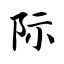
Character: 际